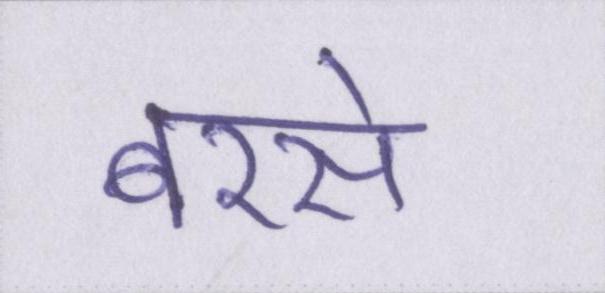
बरसे